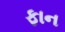
ફાન